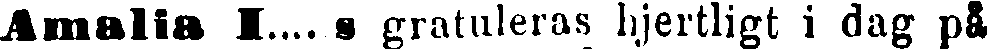
Amalia I....s gratuleras hjertligt i dag på